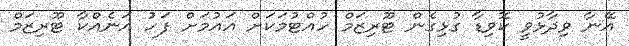
އޭނާ ވިދާޅުވީ ކޮވިޑާ ގުޅިގެން ޓޫރިޒަމް ހުއްޓުމަކަށް އައުމަށް ފަހު އަނެއްކާ ޓޫރިޒަމް